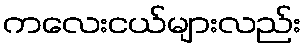
ကလေးငယ်များလည်း